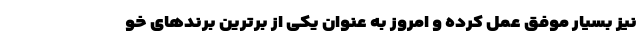
نیز بسیار موفق عمل کرده و امروز به عنوان یکی از برترین برندهای خو